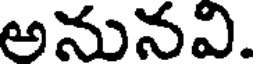
అనునవి.